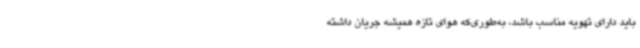
باید دارای تهویه مناسب باشد، به‌طوری‌که هوای تازه همیشه جریان داشته